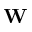
{ \bf W }